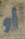
أو